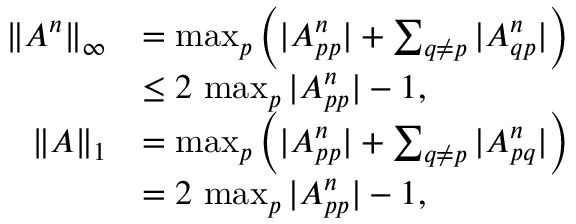
\begin{array} { r l } { \| A ^ { n } \| _ { \infty } } & { = \operatorname* { m a x } _ { p } \left( | A _ { p p } ^ { n } | + \sum _ { q \neq p } | A _ { q p } ^ { n } | \right) } \\ & { \leq 2 \, \operatorname* { m a x } _ { p } | A _ { p p } ^ { n } | - 1 , } \\ { \| A \| _ { 1 } } & { = \operatorname* { m a x } _ { p } \left( | A _ { p p } ^ { n } | + \sum _ { q \neq p } | A _ { p q } ^ { n } | \right) } \\ & { = 2 \, \operatorname* { m a x } _ { p } | A _ { p p } ^ { n } | - 1 , } \end{array}